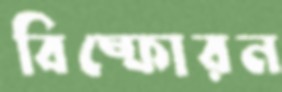
বিষ্ফোরন